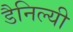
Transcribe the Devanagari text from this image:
डैनिल्यी